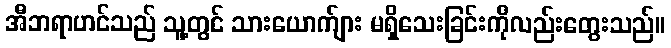
အီဘရာဟင်သည် သူ့တွင် သားယောက်ျား မရှိသေးခြင်းကိုလည်းတွေးသည်။